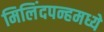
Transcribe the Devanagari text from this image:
मिलिंदपन्हमध्ये